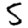
Digit: 5